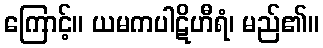
ကြောင့်။ ယမကပါဋိဟီရံ၊ မည်၏။